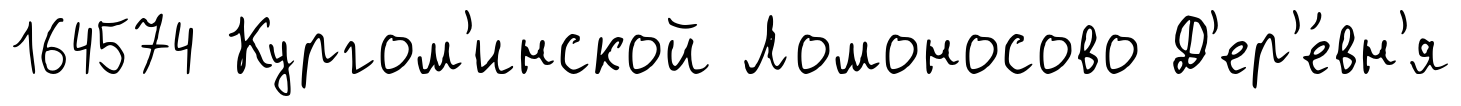
164574 Кургом'инской Ломоносово Д'ер'е́вн'я